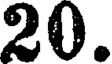
20.